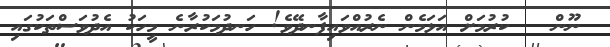
ނޫން   ކުރުމަށް އަޅަމެން ނެރުއްވައިފާނދޭވެ! ހަނދުމަކުރާނެ މީހަކު އެދުވަސްތަކުގައި